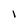
Character: 1